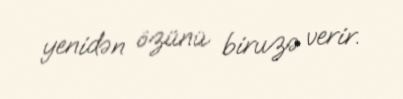
yenidən özünü biruzə verir.